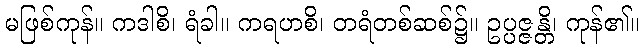
မဖြစ်ကုန်။ ကဒါစိ၊ ရံခါ။ ကရဟစိ၊ တရံတစ်ဆစ်၌။ ဥပ္ပဇ္ဇန္တိ၊ ကုန်၏။